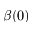
\beta ( 0 )